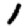
Digit: 1